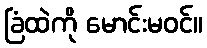
ခြံထဲကို မောင်းမဝင်။